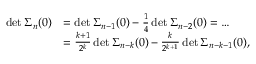
\begin{array} { r l } { \operatorname* { d e t } \Sigma _ { n } ( 0 ) } & { = \operatorname* { d e t } \Sigma _ { n - 1 } ( 0 ) - \frac 1 4 \operatorname* { d e t } \Sigma _ { n - 2 } ( 0 ) = \dots } \\ & { = \frac { k + 1 } { 2 ^ { k } } \operatorname* { d e t } \Sigma _ { n - k } ( 0 ) - \frac { k } { 2 ^ { k + 1 } } \operatorname* { d e t } \Sigma _ { n - k - 1 } ( 0 ) , } \end{array}